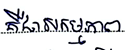
គឺជាសកម្មភាព